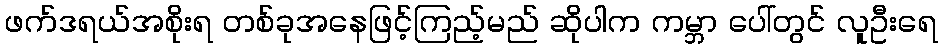
ဖက်ဒရယ်အစိုးရ တစ်ခုအနေဖြင့်ကြည့်မည် ဆိုပါက ကမ္ဘာ ပေါ်တွင် လူဦးရေ